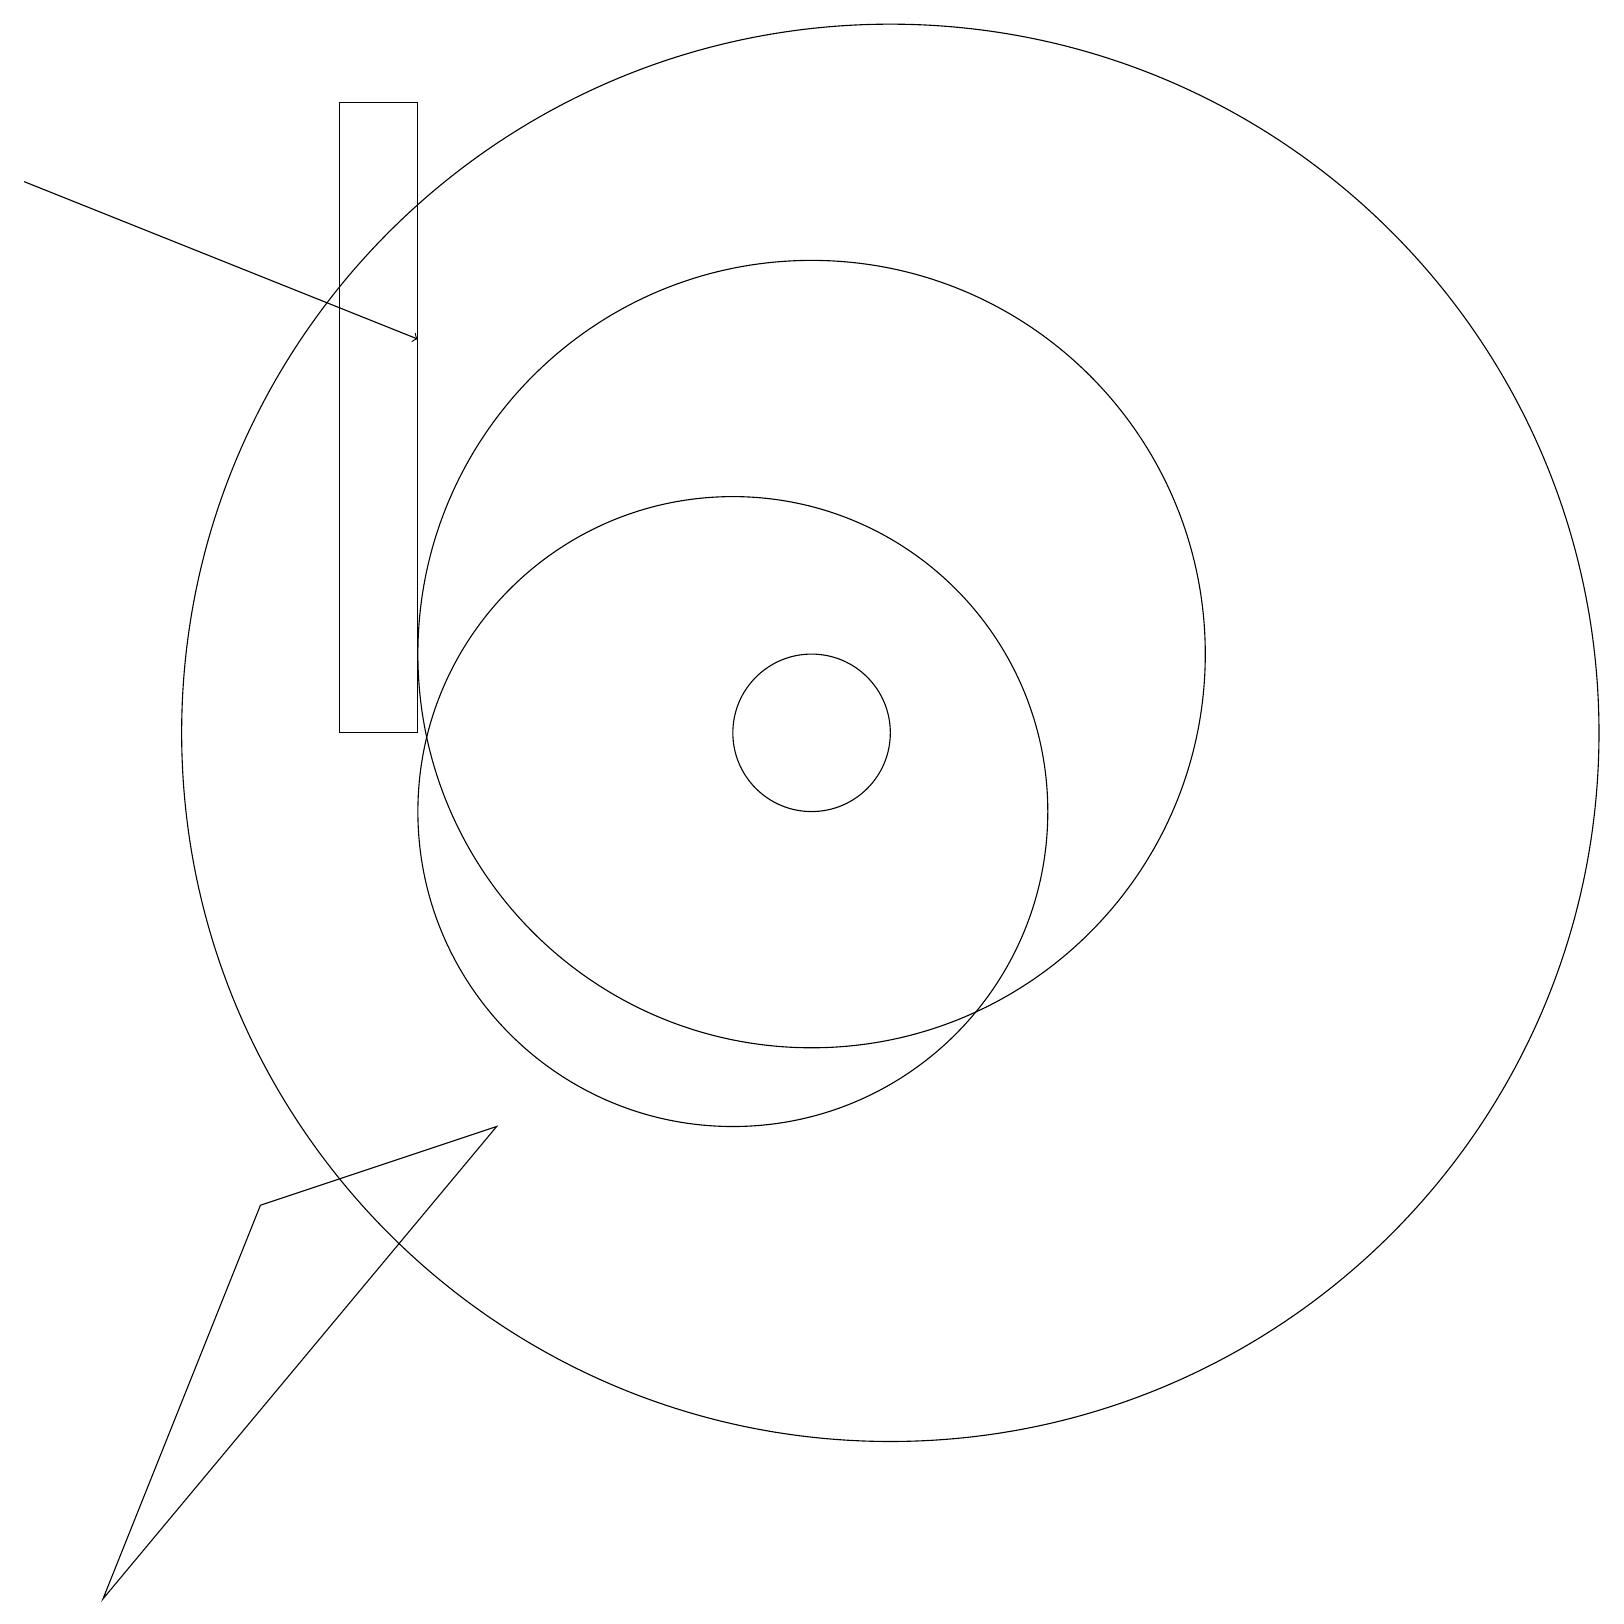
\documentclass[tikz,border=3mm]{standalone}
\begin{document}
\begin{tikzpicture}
\draw[->] (1,18) -- (6,16);
\draw (11,12) circle (5);
\draw (2,0) -- (4,5) -- (7,6) -- cycle;
\draw (12,11) circle (9);
\draw (10,10) circle (4);
\draw (6,11) rectangle (5,19);
\draw (11,11) circle (1);
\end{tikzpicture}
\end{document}